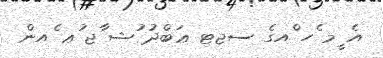
އެ ީމ ެހ ްއގެ ސޖޓ ޢަބްދު ުޝ ާޖ ުޢ ެއން